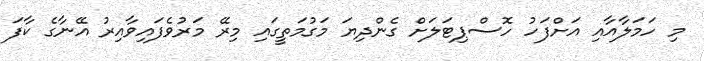
މި ހަމަލާއާއި އަށްފަހު ހޮސްޕިޓަލަށް ގެންދިޔަ މަގުމަތީގައި މިރޭ މަރުވެފައިވާއިރު އޭނާގެ ކާފަ